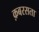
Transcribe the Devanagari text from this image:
क़बरसता